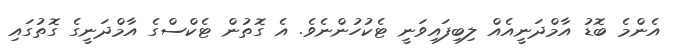
އެންމެ ބޮޑު އާމްދަނީއެއް ލިބިފައިވަނީ ޓެކުހުންނެވެ. އެ ގޮތުން ޓެކްސްގެ އާމްދަނީގެ ގޮތުގައި